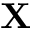
\mathbf { X }